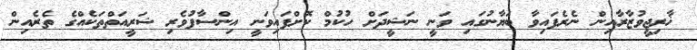
ޚާރިޖީވުޒާރާއިން ނެރެފައިވާ ބަޔާނުގައި ވަނީ ނަޝީދަށް ހުކުމް ކޮށްފައިވަނީ އިންސާފުވެރި ޝަރީއަތްތަކެއްގެ ތެރެއިން